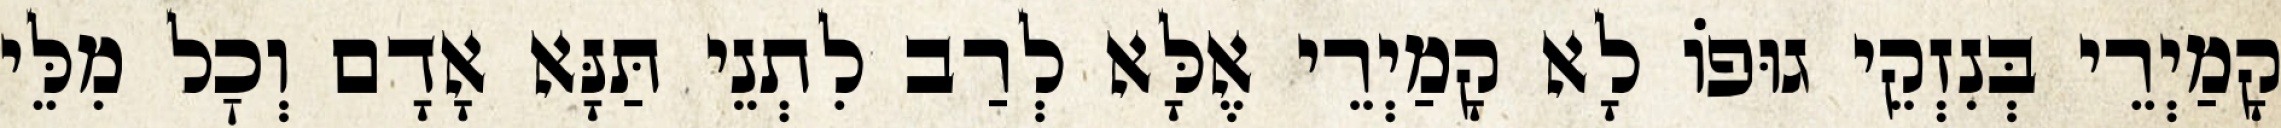
קָמַיְרֵי בְּנִזְקֵי גוּפוֹ לָא קָמַיְרֵי אֶלָּא לְרַב לִתְנֵי תַּנָּא אָדָם וְכׇל מִלֵּי